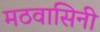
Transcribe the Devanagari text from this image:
मठवासिनी